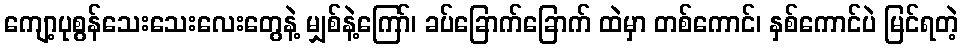
ကျော့ပုစွန်သေးသေးလေးတွေနဲ့ မျှစ်နဲ့ကြော်၊ ခပ်ခြောက်ခြောက် ထဲမှာ တစ်ကောင်၊ နှစ်ကောင်ပဲ မြင်ရတဲ့